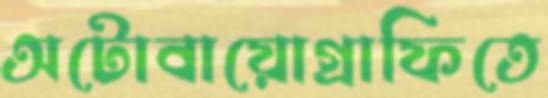
অটোবায়োগ্রাফিতে